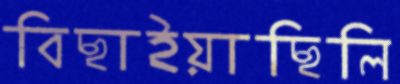
বিছাইয়াছিলি